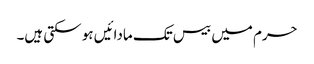
حرم میں بیس تک مادائیں ہو سکتی ہیں۔